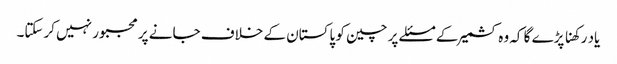
یاد رکھنا پڑے گا کہ وہ کشمیر کے مسئلے پر چین کو پاکستان کے خلاف جانے پر مجبور نہیں کرسکتا۔